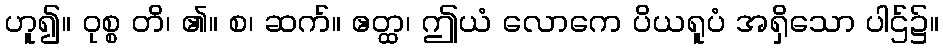
ဟူ၍။ ဝုစ္စ တိ၊ ၏။ စ၊ ဆက်။ ဧတ္ထ၊ ဤယံ လောကေ ပိယရူပံ အရှိသော ပါဌ်၌။